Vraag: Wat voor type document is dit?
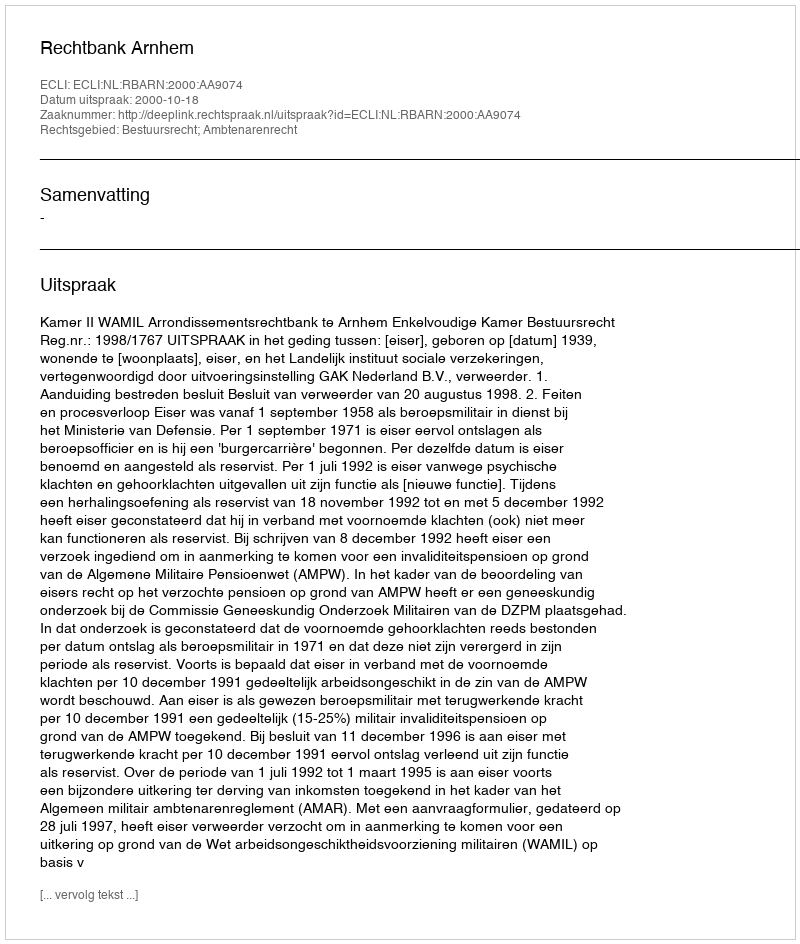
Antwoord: Uitspraak